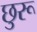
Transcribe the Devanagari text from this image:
छुरू